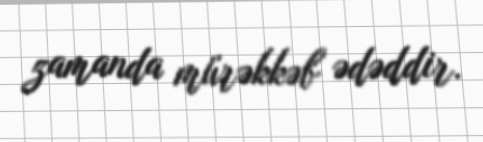
zamanda mürəkkəb ədəddir.